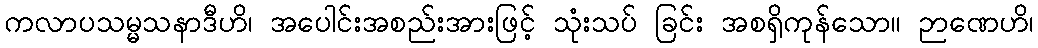
ကလာပသမ္မသနာဒီဟိ၊ အပေါင်းအစည်းအားဖြင့် သုံးသပ် ခြင်း အစရှိကုန်သော။ ဉာဏေဟိ၊